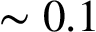
\sim 0 . 1